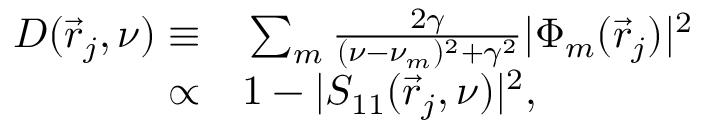
\begin{array} { r l } { D ( \vec { r } _ { j } , \nu ) \equiv } & { { } \sum _ { m } { \frac { 2 \gamma } { ( \nu - \nu _ { m } ) ^ { 2 } + \gamma ^ { 2 } } | \Phi _ { m } ( \vec { r } _ { j } ) | ^ { 2 } } } \\ { \propto } & { { } 1 - | S _ { 1 1 } ( \vec { r } _ { j } , \nu ) | ^ { 2 } , } \end{array}